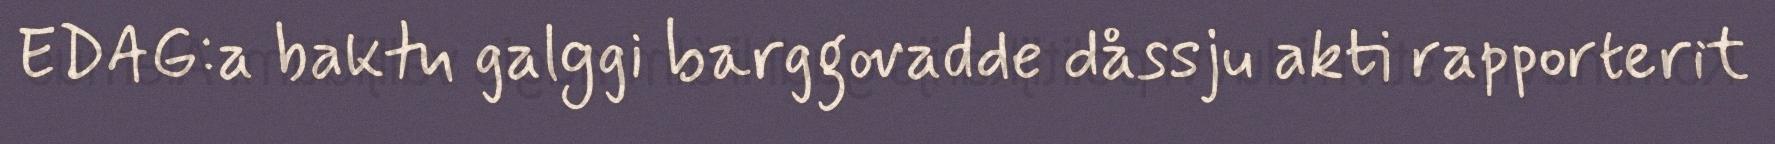
EDAG:a baktu galggi barggovadde dåssju akti rapporterit